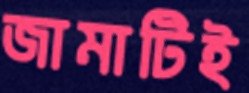
জামাটিই